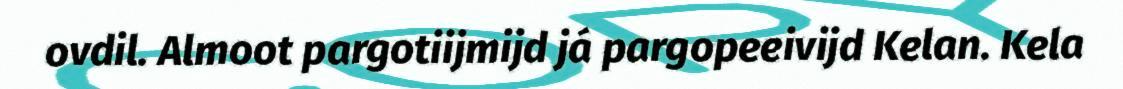
ovdil. Almoot pargotiijmijd já pargopeeivijd Kelan. Kela